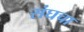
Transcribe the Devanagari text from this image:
संघचा